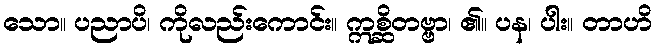
သော။ ပညာပိ၊ ကိုလည်းကောင်း။ ဣစ္ဆိတဗ္ဗာ၊ ၏။ ပန၊ ပါး။ တာဟိ